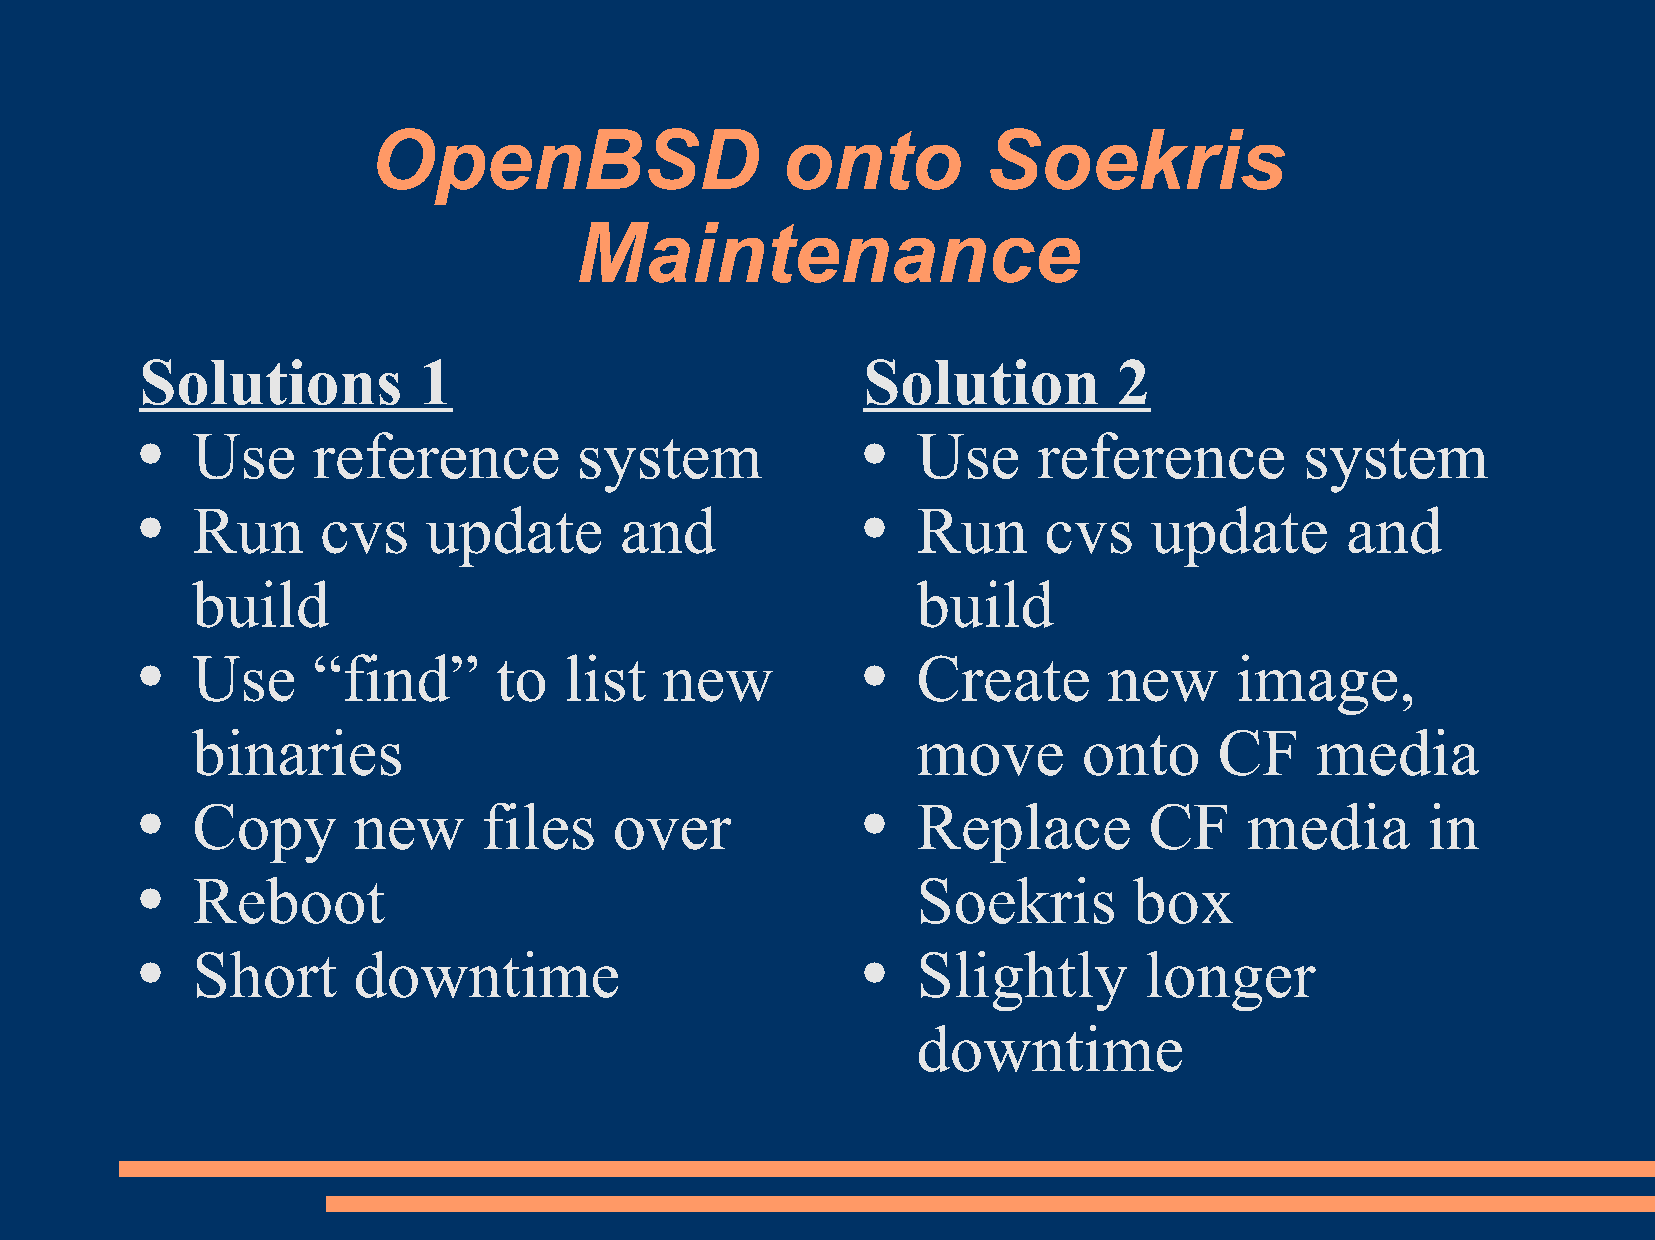
OpenBSD                     onto         Soekris
 Maintenance
 Solutions          1                            Solution         2
 Use     reference        system                 Use     reference        system
 ●                                               ●
 Run     cvs    update       and                 Run     cvs    update       and
 ●                                               ●
 build                                           build
 Use     “find”      to  list   new              Create      new      image,
 ●                                               ●
 binaries                                        move       onto     CF    media
 Copy      new      files    over                Replace        CF     media      in
 ●                                               ●
 Reboot                                          Soekris       box
 ●
 Short     downtime                              Slightly       longer
 ●                                               ●
 downtime